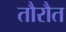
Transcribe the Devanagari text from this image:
तौरौत